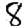
Digit: 8